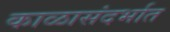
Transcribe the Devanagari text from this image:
काळासंदर्भात